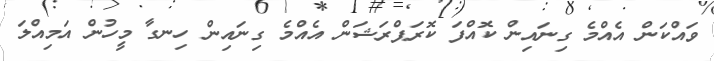
ވައްކަން އެއްމެ ގިނައިން ކޮއްފަ ކޮރަޕްރަޝަން އެއްމެ ގިނައިން ހިނގާ މީހުން އަމިއްލަ